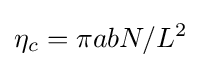
\eta _{c}=\pi abN/L^{2}